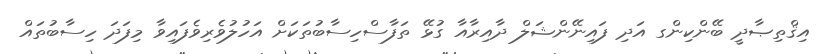
އިޤްތިޞާދީ ބޭންކިންގ އަދި ފައިނޭންޝަލް ދާއިރާއާ ގުޅޭ ތަފާސްހިސާބުތަކަށް އަހުލުވެރިވެފައިވާ މިފަދަ ހިސާބުތައް